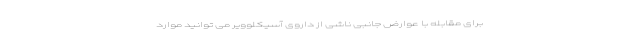
برای مقابله با عوارض جانبی ناشی از داروی آسیکلوویر می توانید موارد